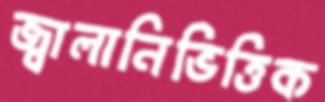
জ্বালানিভিত্তিক